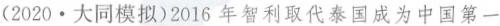
(2020 · 大同模拟)2016年智利取代泰国成为中国第一